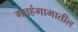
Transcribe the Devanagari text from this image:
गतहंगामातील